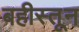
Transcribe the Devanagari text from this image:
बहीस्तून